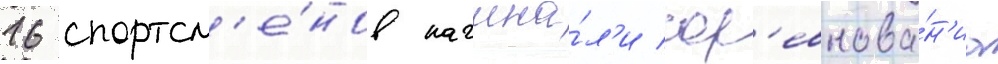
16 спортсм'е́нов начина́л'и сор'евнова́н'иа